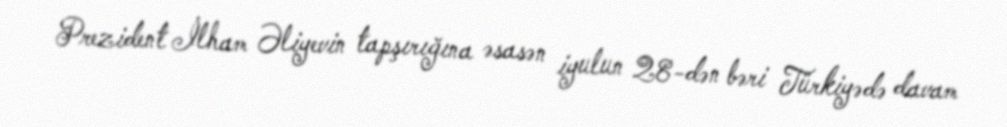
Prezident İlham Əliyevin tapşırığına əsasən iyulun 28-dən bəri Türkiyədə davam